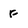
Character: f